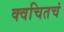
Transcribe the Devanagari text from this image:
क्वचितचं